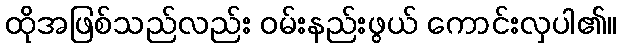
ထိုအဖြစ်သည်လည်း ဝမ်းနည်းဖွယ် ကောင်းလှပါ၏။